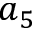
a _ { 5 }